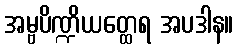
အမ္ဗပိဏ္ဍိယတ္ထေရ အပဒါန။